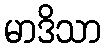
မာဒိသာ